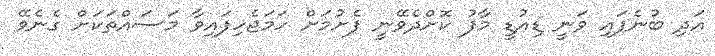
އަދި ބުނެފައި ވަނީ ޑިއުޑީ މާފު ކޮށްދެވޭނީ ފެށުމަށް ހަމަޖެހިފައިވާ މަސައްތަކަށް ގެނެވޭ